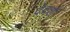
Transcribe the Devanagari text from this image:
देवर्शौ